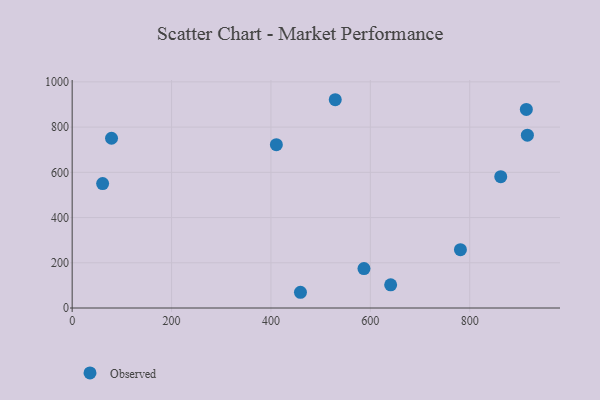
{"axis": {"x": "Engine Size", "y": "Salary"}, "legend": ["Observed"], "data": [{"x": "79.2", "y": 750.7, "type": "Observed"}, {"x": "61.3", "y": 550.3, "type": "Observed"}, {"x": "529.4", "y": 921.1, "type": "Observed"}, {"x": "640.9", "y": 102.6, "type": "Observed"}, {"x": "913.9", "y": 878.1, "type": "Observed"}, {"x": "781.3", "y": 258.1, "type": "Observed"}, {"x": "410.9", "y": 722.1, "type": "Observed"}, {"x": "587.2", "y": 174.6, "type": "Observed"}, {"x": "459.4", "y": 69.6, "type": "Observed"}, {"x": "916.0", "y": 764.3, "type": "Observed"}, {"x": "862.4", "y": 580.9, "type": "Observed"}]}